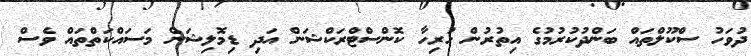
ދުވަހު ސްކޫލްތައް ބަންދުކުރުމުގެ އިތުރުން ހުރިހާ ކޮންސްޓްރަކްޝަން އަދި ޑިމޮލިޝަން މަސައްކަތްތައް ވެސް